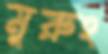
মুরুং